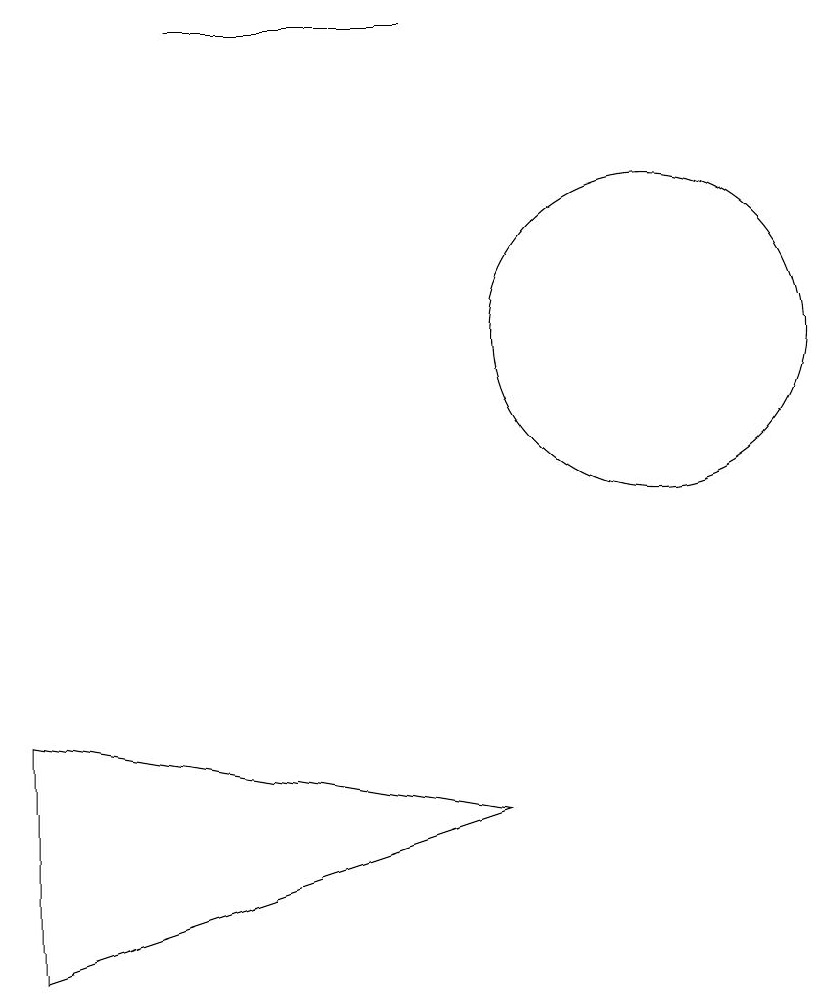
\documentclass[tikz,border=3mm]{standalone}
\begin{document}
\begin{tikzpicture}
\draw (2,6) -- (2,3) -- (8,5) -- cycle;
\draw (10,11) circle (2);
\draw (7,15) rectangle (4,15);
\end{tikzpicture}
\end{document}